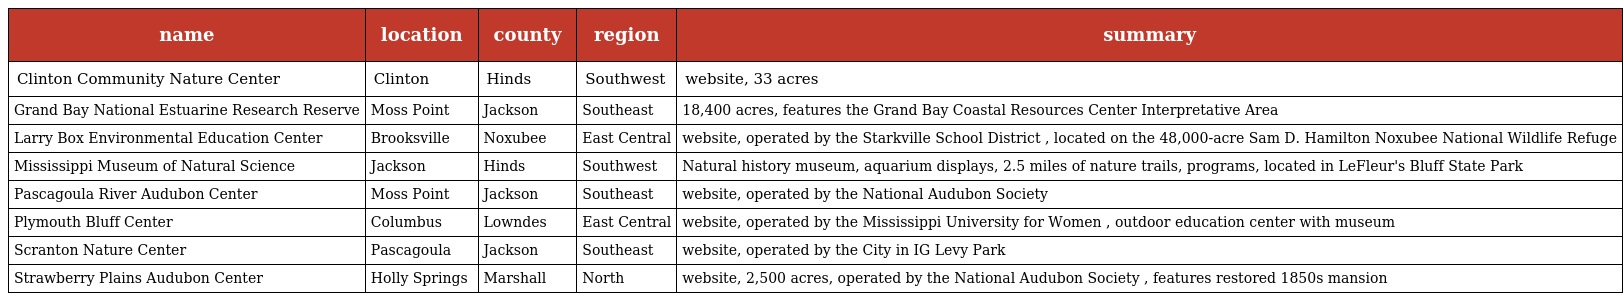
| name | location | county | region | summary |
 | --- | --- | --- | --- | --- |
 | Clinton Community Nature Center | Clinton | Hinds | Southwest | website, 33 acres |
 | Grand Bay National Estuarine Research Reserve | Moss Point | Jackson | Southeast | 18,400 acres, features the Grand Bay Coastal Resources Center Interpretative Area |
 | Larry Box Environmental Education Center | Brooksville | Noxubee | East Central | website, operated by the Starkville School District , located on the 48,000-acre Sam D. Hamilton Noxubee National Wildlife Refuge |
 | Mississippi Museum of Natural Science | Jackson | Hinds | Southwest | Natural history museum, aquarium displays, 2.5 miles of nature trails, programs, located in LeFleur's Bluff State Park |
 | Pascagoula River Audubon Center | Moss Point | Jackson | Southeast | website, operated by the National Audubon Society |
 | Plymouth Bluff Center | Columbus | Lowndes | East Central | website, operated by the Mississippi University for Women , outdoor education center with museum |
 | Scranton Nature Center | Pascagoula | Jackson | Southeast | website, operated by the City in IG Levy Park |
 | Strawberry Plains Audubon Center | Holly Springs | Marshall | North | website, 2,500 acres, operated by the National Audubon Society , features restored 1850s mansion |